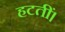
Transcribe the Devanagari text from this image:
हटतीं।